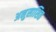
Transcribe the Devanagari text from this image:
अनुसाशित